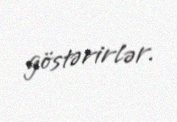
göstərirlər.